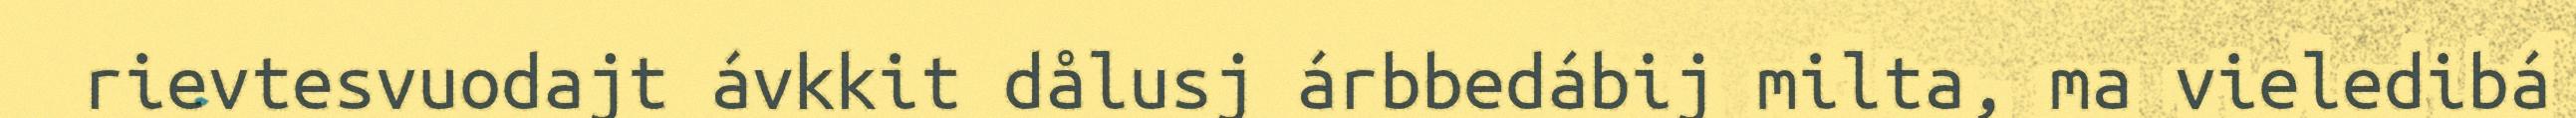
rievtesvuodajt ávkkit dålusj árbbedábij milta, ma vieledibá